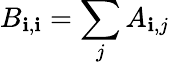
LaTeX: B_{\mathbf{i},\mathbf{i}}=\sum_{j}A_{\mathbf{i},j}